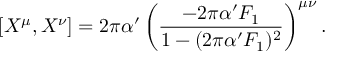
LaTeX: \left[ X ^ { \mu } , X ^ { \nu } \right] = 2 \pi \alpha ^ { \prime } \left( \frac { - 2 \pi \alpha ^ { \prime } F _ { 1 } } { 1 - ( 2 \pi \alpha ^ { \prime } F _ { 1 } ) ^ { 2 } } \right) ^ { \mu \nu } .